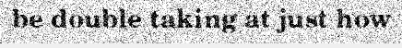
be double taking at just how